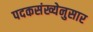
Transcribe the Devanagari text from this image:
पदकसंख्येनुसार